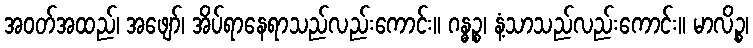
အဝတ်အထည်၊ အဖျော်၊ အိပ်ရာနေရာသည်လည်းကောင်း။ ဂန္ဓဉ္စ၊ နံ့သာသည်လည်းကောင်း။ မာလိဉ္စ၊